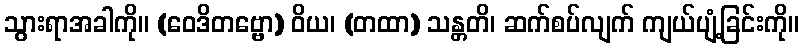
သွားရာအခါကို။ (ဝေဒိတဗ္ဗော) ဝိယ၊ (တထာ) သန္တတိ၊ ဆက်စပ်လျက် ကျယ်ပျံ့ခြင်းကို။